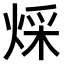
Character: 𤊕